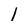
Character: 1